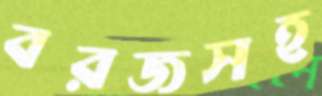
বরজসহ